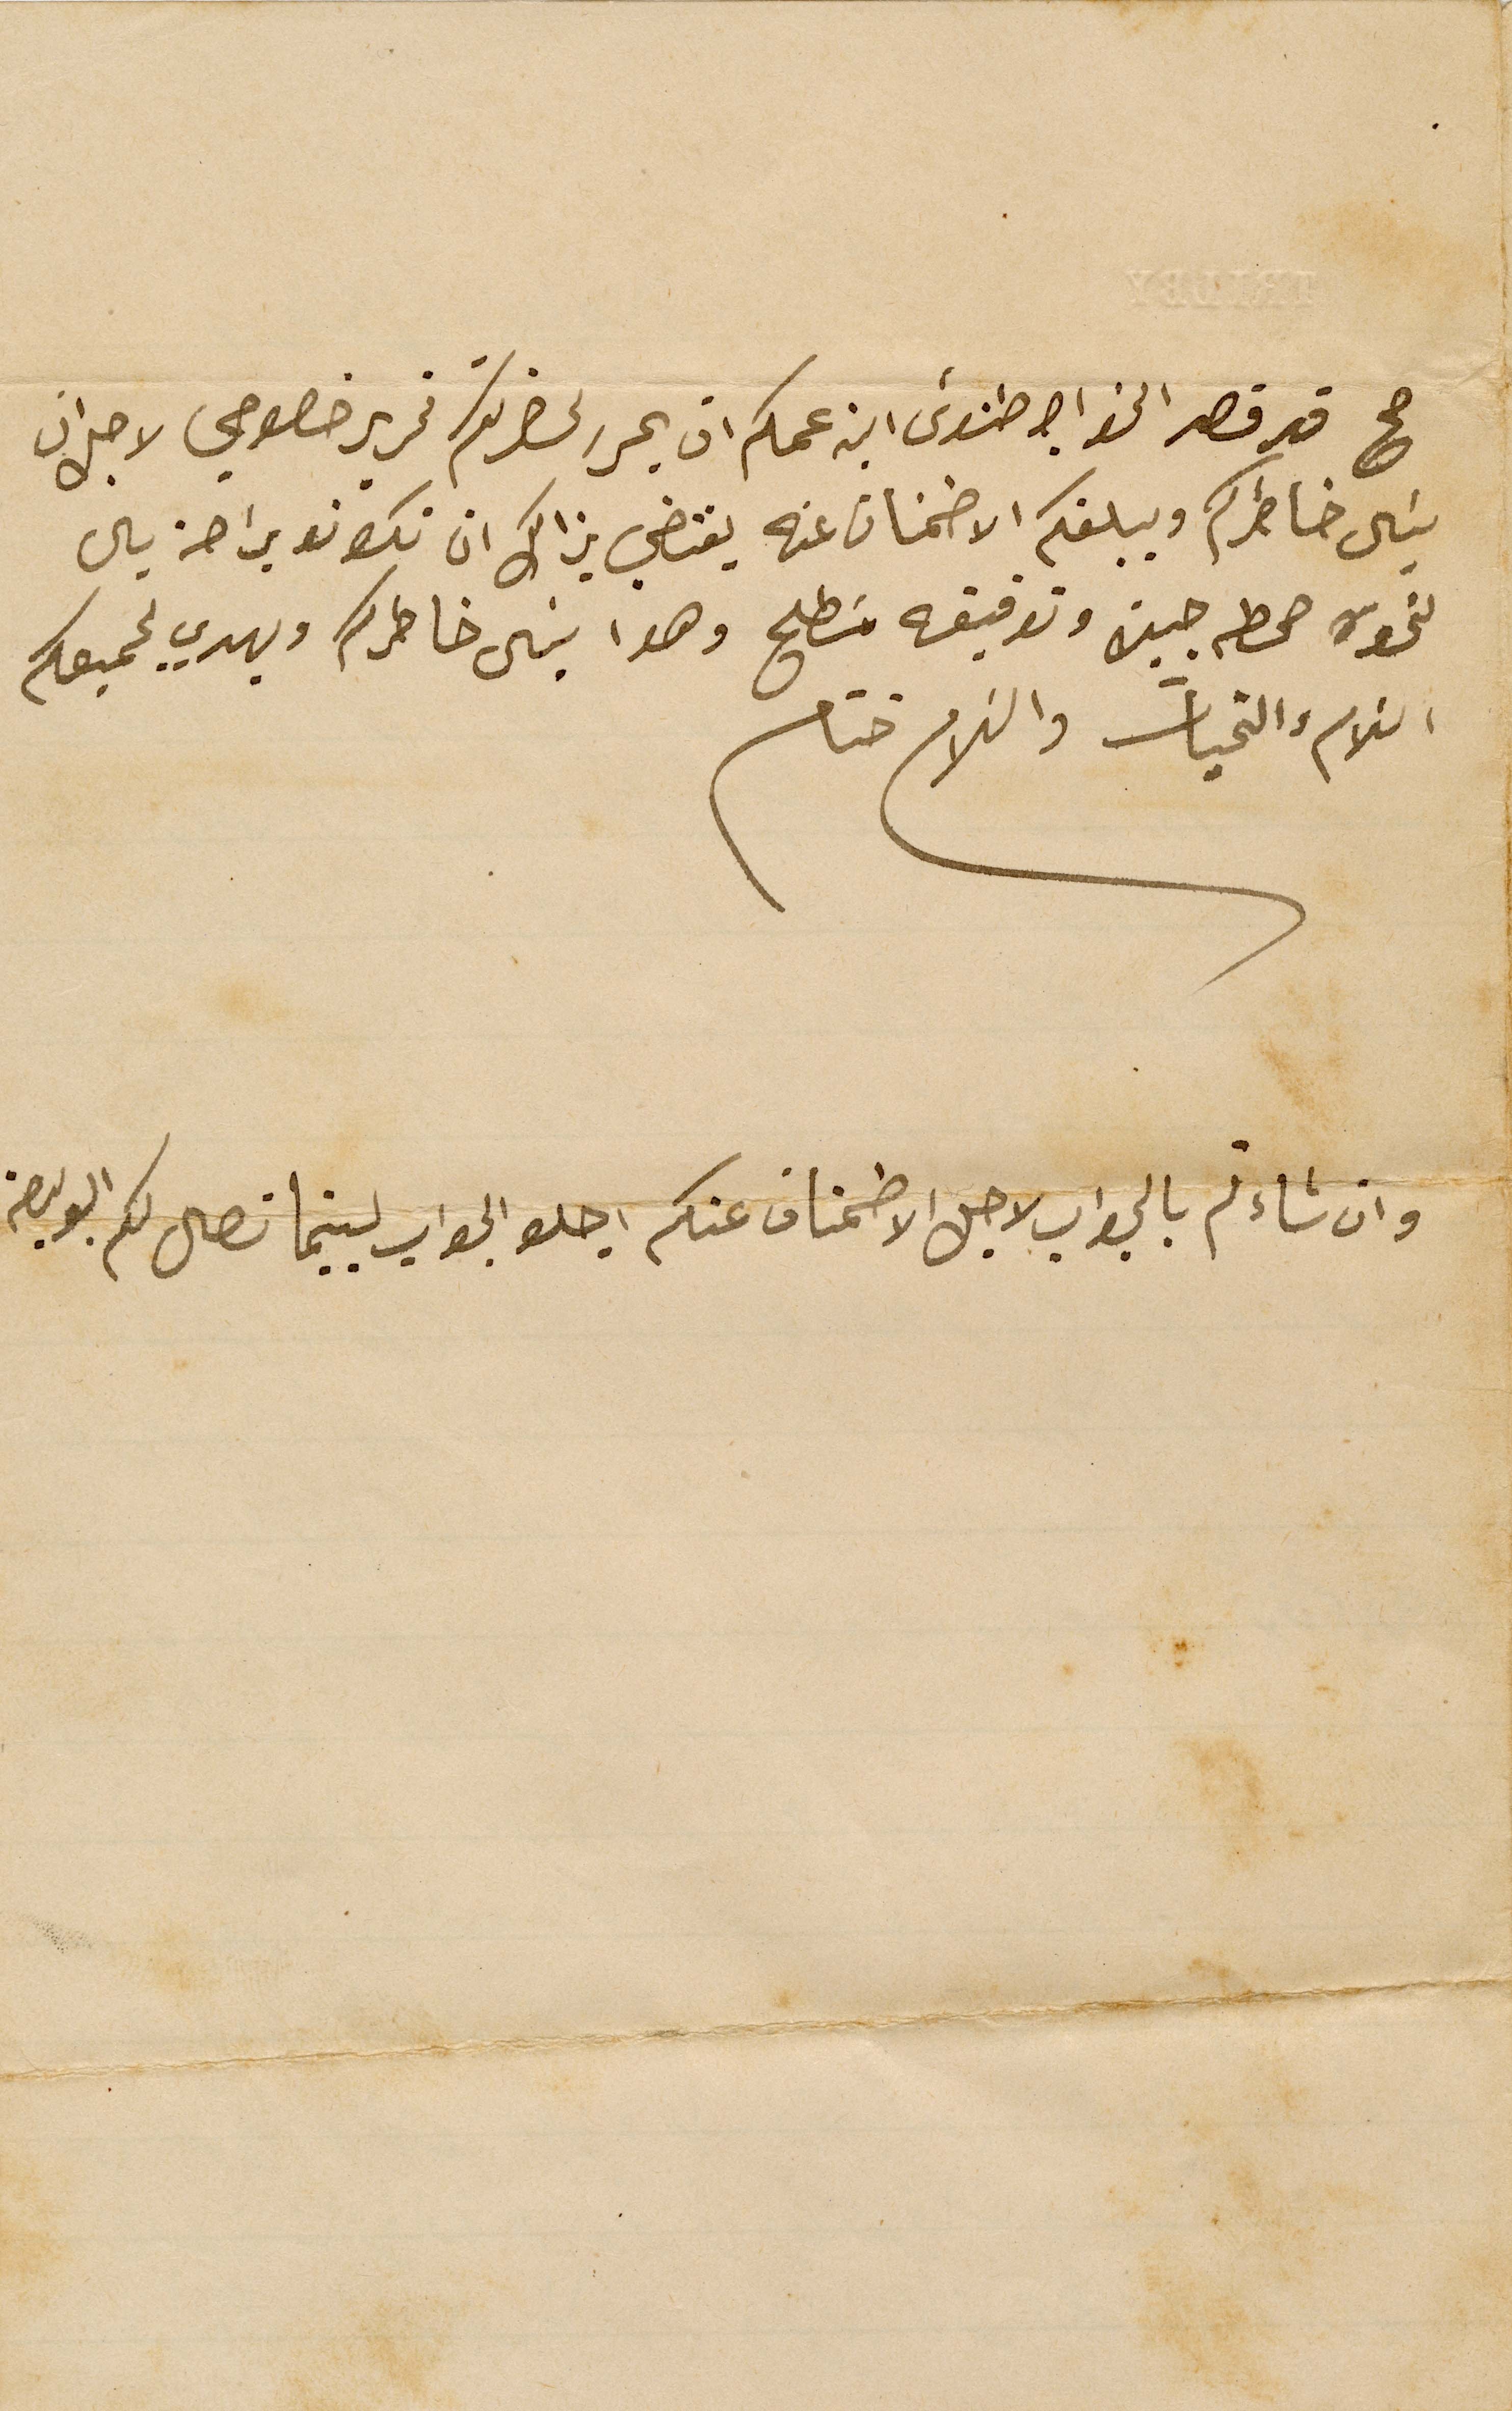
صح قد قصد الخواجه طنوسَ ابن عمكم ان يحرر لحضرتكم تحرير خصوصي لاجل ان
يسَال خاطركم ويبلغكم الاطمنان عنه يقتضي بذالك ان تكونو براحة بال
لنحوه صحطه جيدة وتوفيقه مسَطلح وهوا ينال خاطركم ويهدي لجميعكم
السَلام والتحيات والسَلام ختام
وان شاءتم بالجواب لاجل الاطمنان عنكم اجلو الجواب لبينما تصل لكم البوليصة